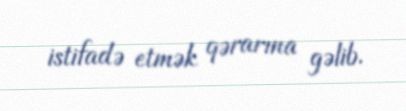
istifadə etmək qərarına gəlib.